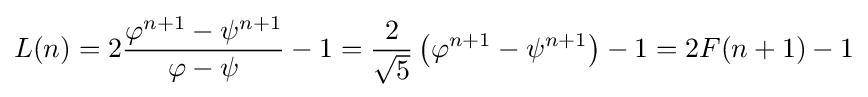
L(n)=2{\frac {\varphi ^{n+1}-\psi ^{n+1}}{\varphi -\psi }}-1={\frac {2}{\sqrt {5}}}\left(\varphi ^{n+1}-\psi ^{n+1}\right)-1=2F(n+1)-1